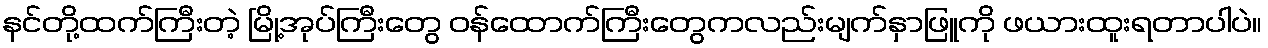
နင်တို့ထက်ကြီးတဲ့ မြို့အုပ်ကြီးတွေ ဝန်ထောက်ကြီးတွေကလည်းမျက်နှာဖြူကို ဖယားထူးရတာပါပဲ။